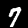
Label: 7